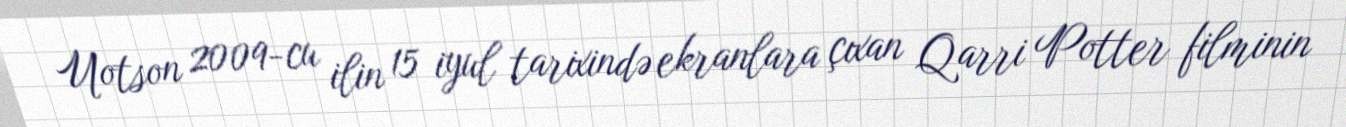
Uotson 2009-cu ilin 15 iyul tarixində ekranlara çıxan Qarri Potter filminin